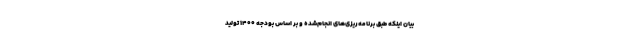
بیان اینکه طبق برنامه‌ریزی‌های انجام‌شده و بر اساس بودجه ۱۴۰۰ تولید